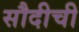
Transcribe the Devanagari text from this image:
सौदीची